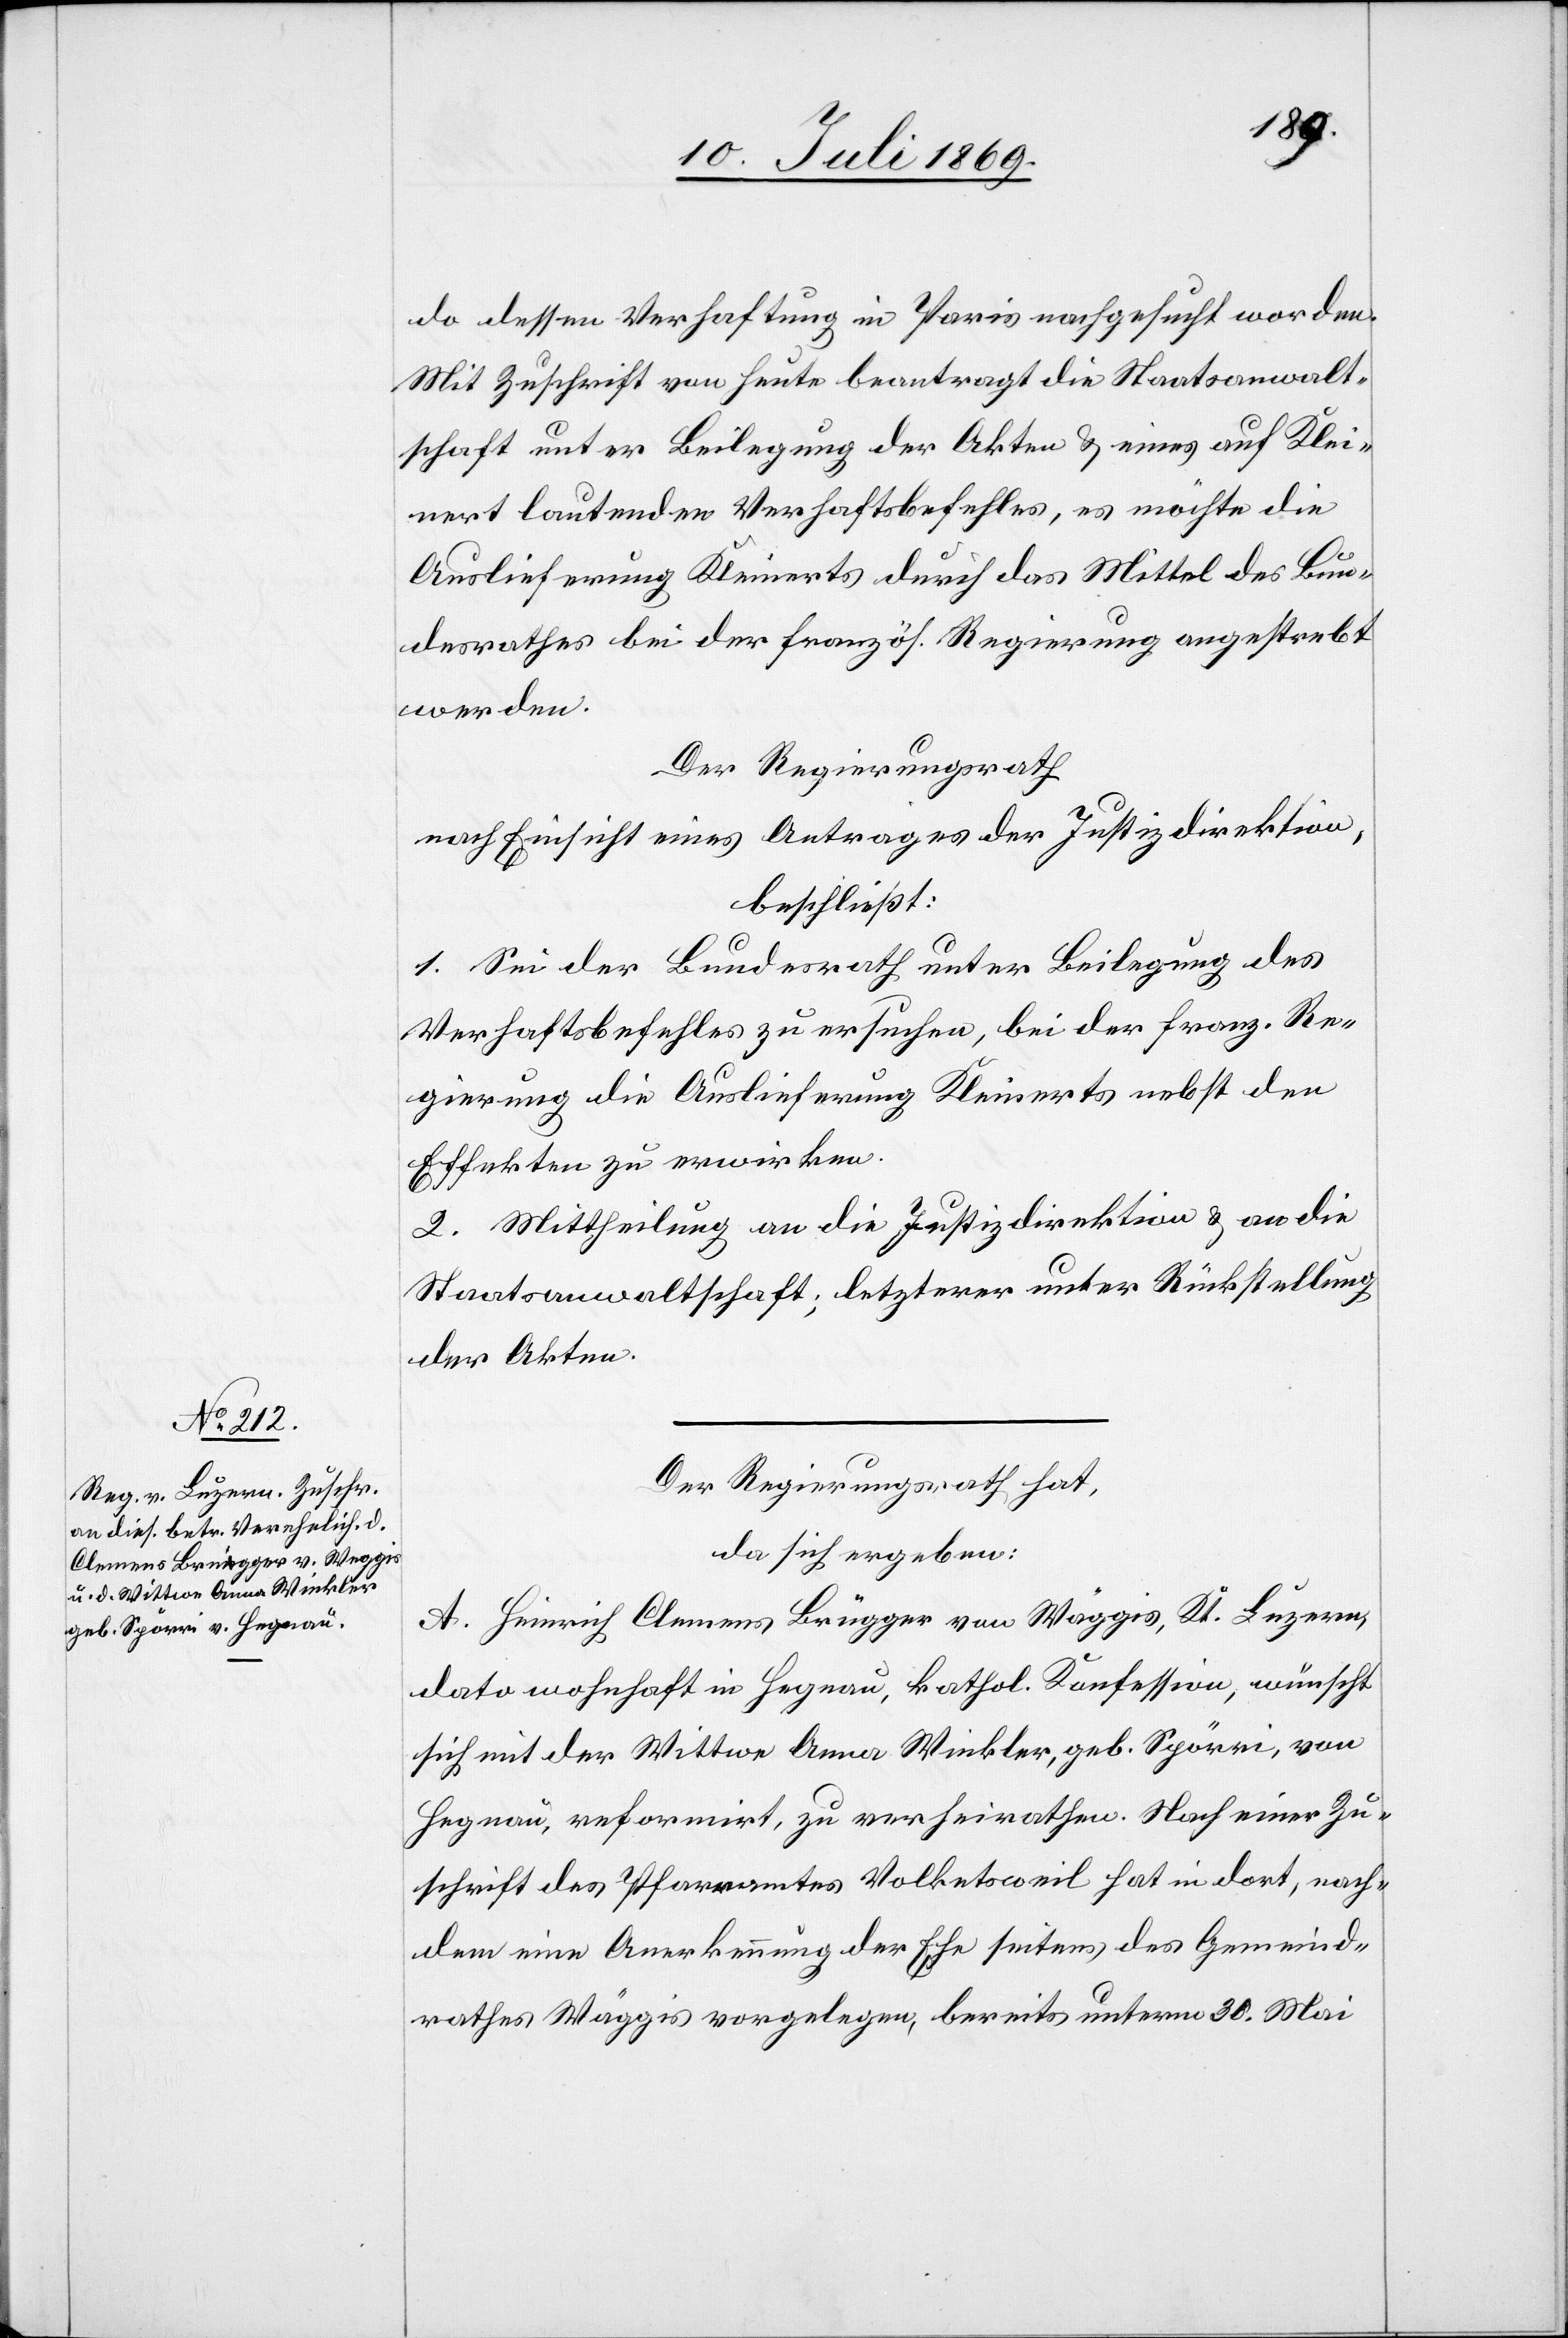
do dessen Verhaftung in Paris nachgesucht worden.
Mit Zuschrift von heute beantragt die Staatsanwalt¬
schaft unter Beilegung der Akten u. eines auf Klei¬
nert lautenden Verhaftsbefehles, es möchte die
Auslieferung Kleinerts durch das Mittel des Bun¬
desrathes bei der französ. Regierung angestrebt
werden.
Der Regierungsrath
nach Einsicht eines Antrages der Justizdirektion,
beschließt:
1. Sei der Bundesrath unter Beilegung des
Verhaftsbefehles zu ersuchen, bei der franz. Re¬
gierung die Auslieferung Kleinerts nebst den
Effekten zu erwirken.
2. Mittheilung an die Justizdirektion u. an die
Staatsanwaltschaft; letzterer unter Rückstellung
der Akten.
Der Regierungsrath hat,
da sich ergeben:
A. Heinrich Clemens Brügger von Wäggis [sic!], Kt. Luzern,
dato wohnhaft in Hegnau, kathol. Konfession, wünscht
sich mit der Wittwe Anna Winkler, geb. Spörri, von
Hegnau, reformirt, zu verheirathen. Nach einer Zu¬
schrift des Pfarramtes Volketsweil hat in dort, nach¬
dem eine Anerkennung der Ehe seitens des Gemeind¬
rathes Wäggis vorgelegen, bereits unterm 30 Mai